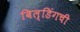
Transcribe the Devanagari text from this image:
बिल्डिंगची